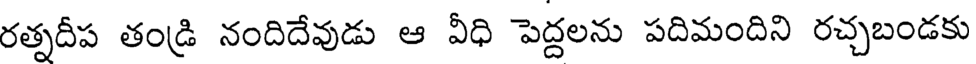
రత్నదీప తండ్రి నందిదేవుడు ఆ వీధి పెద్దలను పదిమందిని రచ్చబండకు